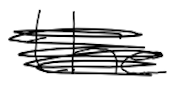
Text: the
Cross-out: scratch
Writing tool: digital_black